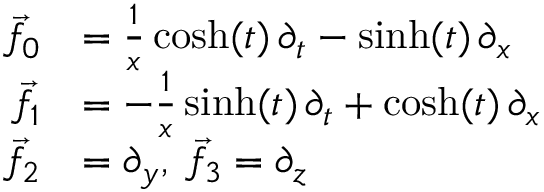
{ \begin{array} { r l } { { \vec { f } } _ { 0 } } & { = { \frac { 1 } { x } } \cosh ( t ) \, \partial _ { t } - \sinh ( t ) \, \partial _ { x } } \\ { { \vec { f } } _ { 1 } } & { = - { \frac { 1 } { x } } \sinh ( t ) \, \partial _ { t } + \cosh ( t ) \, \partial _ { x } } \\ { { \vec { f } } _ { 2 } } & { = \partial _ { y } , \; { \vec { f } } _ { 3 } = \partial _ { z } } \end{array} }